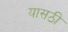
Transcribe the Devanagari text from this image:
यासठी